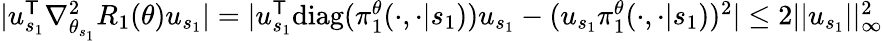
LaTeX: \begin{array}{r}{|u_{s_{1}}^{\mathsf T}\nabla_{\theta_{s_{1}}}^{2}R_{1}(\theta)u_{s_{1}}|=|u_{s_{1}}^{\mathsf T}\mathrm{diag}(\pi_{1}^{\theta}(\cdot,\cdot|s_{1}))u_{s_{1}}-(u_{s_{1}}\pi_{1}^{\theta}(\cdot,\cdot|s_{1}))^{2}|\le 2||u_{s_{1}}||_{\infty}^{2}}\end{array}